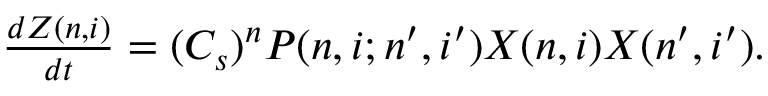
\begin{array} { r } { \frac { d Z ( n , i ) } { d t } = ( C _ { s } ) ^ { n } P ( n , i ; n ^ { \prime } , i ^ { \prime } ) X ( n , i ) X ( n ^ { \prime } , i ^ { \prime } ) . } \end{array}